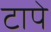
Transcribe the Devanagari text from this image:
टापे